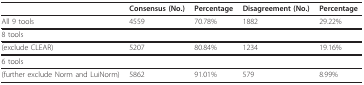
|  | Consensus (No.) | Percentage | Disagreement (No.) | Percentage |
 | --- | --- | --- | --- | --- |
 | All 9 tools | 4559 | 70.78% | 1882 | 29.22% |
 | 8 tools |  |  |  |  |
 | (exclude CLEAR) | 5207 | 80.84% | 1234 | 19.16% |
 | 6 tools |  |  |  |  |
 | (further exclude Norm and LuiNorm) | 5862 | 91.01% | 579 | 8.99% |